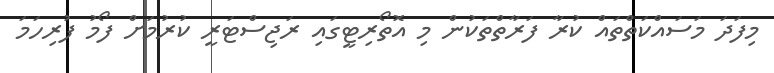
މިފަދަ މަސައްކަތްތައް ކުރާ ފަރާތްތަކުން މި އޮތޯރިޓީގައި ރަޖިސްޓަރީ ކުރުމަށް ފޯމު ފުރިހަމަ